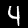
Label: 4